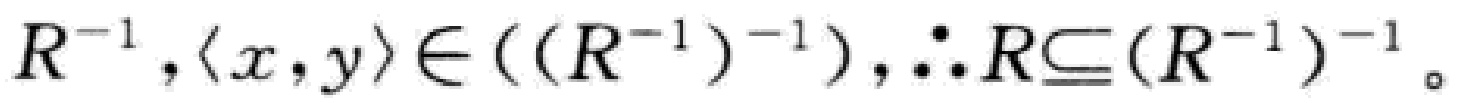
\(R^{-1},\langle x,y\rangle\in((R^{-1})^{-1}),\therefore R\subseteq (R^{-1})^{-1}\)